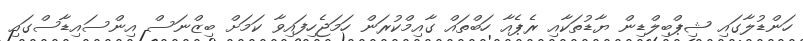
ހަންޑުލާގައި ޝިޕްބިލްޑިން ޔާޑުތަކާއި ރެޕެއާ ހަބްތައް ގާއިމްކުރަން ހަމަޖެހިފައިވާ ކަމަށް ބިޒްނަސް އިންސައިޑާސްގައި